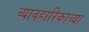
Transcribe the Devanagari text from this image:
व्यावहारिकाच्या